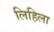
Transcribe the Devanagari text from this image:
लिहिला